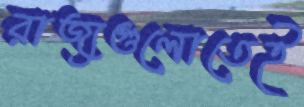
রাজ্যগুলোতেই